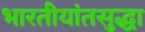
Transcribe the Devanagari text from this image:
भारतीयांतसुद्धा